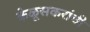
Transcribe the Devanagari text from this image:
केळूसकरांची